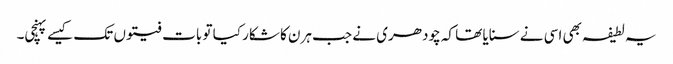
یہ لطیفہ بھی اسی نے سنایا تھا کہ چودھری نے جب ہرن کا شکار کیا تو بات فیتوں تک کیسے پہنچی۔